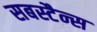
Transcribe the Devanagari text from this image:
सबस्टैन्स